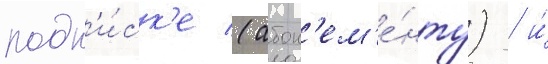
подп'и́ск'е (абон'ем'е́нту) / и́